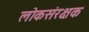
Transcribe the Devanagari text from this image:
लोकसंरक्षक